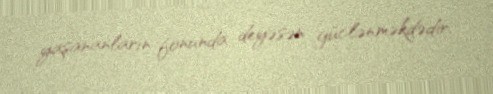
yaşananların fonunda deyəsən güclənməkdədir.